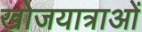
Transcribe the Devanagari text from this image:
खोजयात्राओं